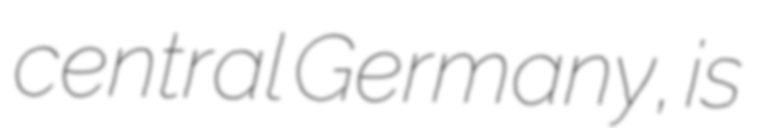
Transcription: central Germany, is